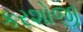
કરશોજી